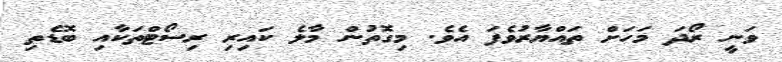
ވަނީ ރޯދަ މަހަށް ތައްޔާރުވެފަ އެވެ. މިގޮތުން މާލެ ކައިރި ރިސޯޓްތަކާއި ބޮޑެތި